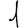
Digit: 1